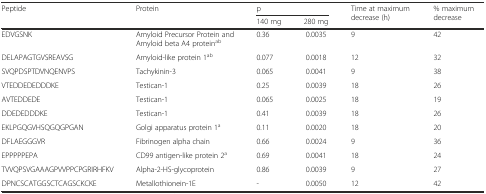
<table><thead><tr><td rowspan="2"><b>Peptide</b></td><td rowspan="2"><b>Protein</b></td><td colspan="2"><b>p</b></td><td rowspan="2"><b>Time at maximum decrease (h)</b></td><td rowspan="2"><b>% maximum decrease</b></td></tr><tr><td><b>140 mg</b></td><td><b>280 mg</b></td></tr></thead><tbody><tr><td>EDVGSNK</td><td>Amyloid Precursor Protein and Amyloid beta A4 protein<sup>ab</sup></td><td>0.36</td><td>0.0035</td><td>9</td><td>42</td></tr><tr><td>DELAPAGTGVSREAVSG</td><td>Amyloid-like protein 1<sup>ab</sup></td><td>0.077</td><td>0.0018</td><td>12</td><td>32</td></tr><tr><td>SVQPDSPTDVNQENVPS</td><td>Tachykinin-3</td><td>0.065</td><td>0.0041</td><td>9</td><td>38</td></tr><tr><td>VTEDDEDEDDDKE</td><td>Testican-1</td><td>0.25</td><td>0.0039</td><td>18</td><td>26</td></tr><tr><td>AVTEDDEDE</td><td>Testican-1</td><td>0.065</td><td>0.0025</td><td>18</td><td>19</td></tr><tr><td>DDEDEDDDKE</td><td>Testican-1</td><td>0.41</td><td>0.0039</td><td>18</td><td>26</td></tr><tr><td>EKLPGQGVHSQGQGPGAN</td><td>Golgi apparatus protein 1<sup>a</sup></td><td>0.11</td><td>0.0020</td><td>18</td><td>20</td></tr><tr><td>DFLAEGGGVR</td><td>Fibrinogen alpha chain</td><td>0.66</td><td>0.0024</td><td>9</td><td>36</td></tr><tr><td>EPPPPPEPA</td><td>CD99 antigen-like protein 2<sup>a</sup></td><td>0.69</td><td>0.0041</td><td>18</td><td>24</td></tr><tr><td>TVVQPSVGAAAGPVVPPCPGRIRHFKV</td><td>Alpha-2-HS-glycoprotein</td><td>0.86</td><td>0.0039</td><td>9</td><td>27</td></tr><tr><td>DPNCSCATGGSCTCAGSCKCKE</td><td>Metallothionein-1E</td><td>-</td><td>0.0050</td><td>12</td><td>42</td></tr></tbody></table>